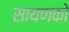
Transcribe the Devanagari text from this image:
सायणको